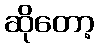
ဆိုတော့